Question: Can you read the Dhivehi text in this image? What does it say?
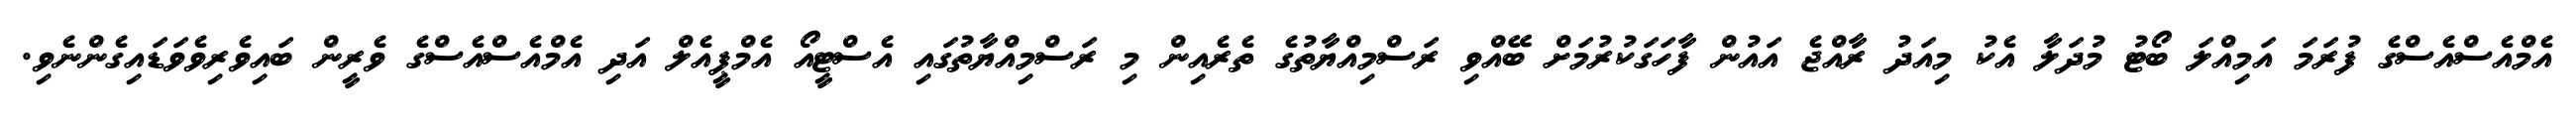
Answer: އެމްއެސްއެސްގެ ފުރަމަ އަމިއްލަ ބޯޓު މުދަލާ އެކު މިއަދު ރާއްޖެ އައުން ފާހަގަކުރުމަށް ބޭއްވި ރަސްމިއްޔާތުގެ ތެރެއިން މި ރަސްމިއްޔާތުގައި އެސްޓީއޯ އެމްޕީއެލް އަދި އެމްއެސްއެސްގެ ވެރީން ބައިވެރިވެވަޑައިގެންނެވި.